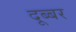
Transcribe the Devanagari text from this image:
दूब्बर